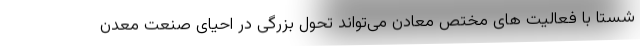
شستا با فعالیت های مختص معادن می‌تواند تحول بزرگی در احیای صنعت معدن